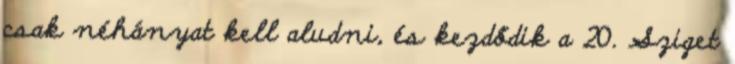
csak néhányat kell aludni, és kezdődik a 20. Sziget